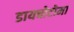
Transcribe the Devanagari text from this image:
डायचोटोमा